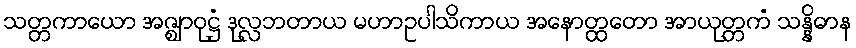
သတ္တကာယော အဇ္ဈာဝုဋ္ဌံ ဒုလ္လဘတာယ မဟာဥပါသိကာယ အနောတ္ထတော အာယုတ္တကံ သန္နိဓာန